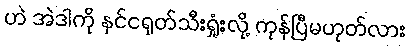
ဟဲ အဲဒါကို နင်ငရုတ်သီးရှုံးလို့ ကုန်ပြီမဟုတ်လား